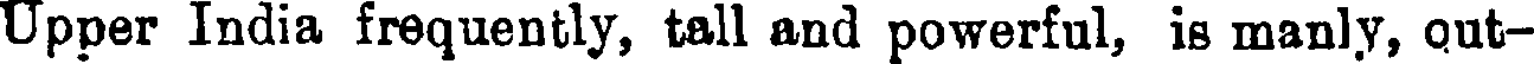
Upper India frequently, tall and powerful, is manly, qut-